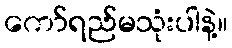
ကော်ရည်မသုံးပါနဲ့။